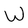
Character: W